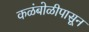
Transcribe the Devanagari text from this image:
कळंबोळीपासून